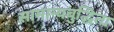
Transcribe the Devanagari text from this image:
सामान्यबुद्धिता